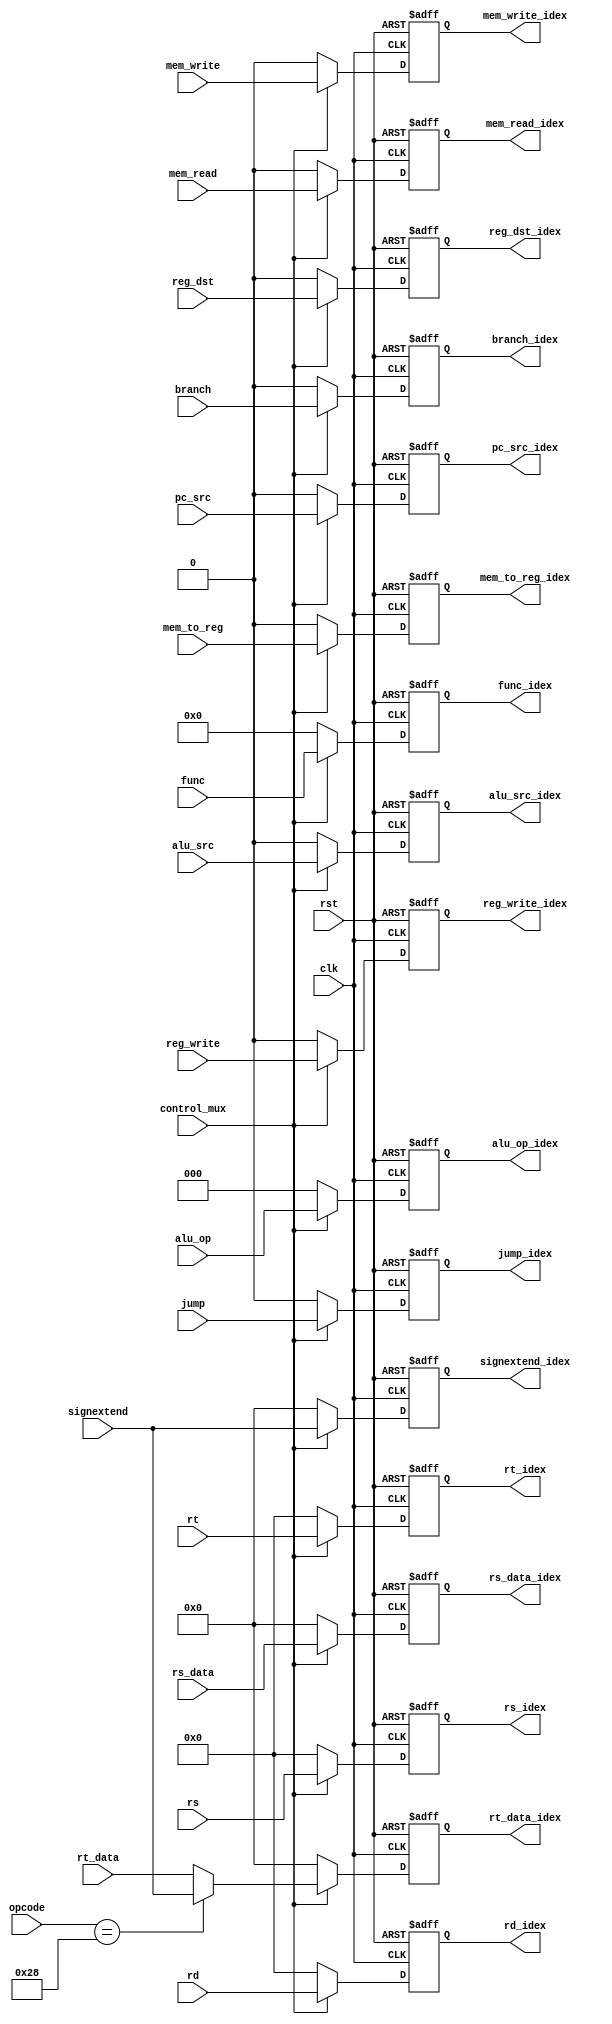
`timescale 1ns / 1ps
//////////////////////////////////////////////////////////////////////////////////
// Company: 
// Engineer: 
// 
// Design Name: 
// Module Name:    ID_EX 
// Project Name: 
// Target Devices: 
// Tool versions: 
// Description: 
//
// Dependencies: 
//
// Revision: 
// Revision 0.01 - File Created
// Additional Comments: 
//
//////////////////////////////////////////////////////////////////////////////////
module ID_EX(input reg_dst,reg_write, alu_src, mem_read, mem_write, pc_src,jump,branch,mem_to_reg,
 input [2:0]alu_op,
 input clk,
 input rst,
 input [5:0]opcode,
 input [31:0] signextend,
 input [5:0] func,
 input [31:0]rs_data,
 input [31:0]rt_data,
 output reg reg_dst_idex,reg_write_idex,
 alu_src_idex,
 mem_read_idex,
 mem_write_idex,
 pc_src_idex,
 jump_idex,
 branch_idex,
 mem_to_reg_idex,
 output reg [2:0]alu_op_idex,
 input [4:0]rd,
 input [4:0]rt,
 input [4:0]rs,
 input control_mux,
 output reg [4:0] rd_idex,
 output reg [4:0] rt_idex,
 output reg[4:0]rs_idex,
 output reg [31:0] signextend_idex,
 output reg [5:0] func_idex,
 output reg [31:0]rs_data_idex,
 output reg [31:0]rt_data_idex
    );
	always@(posedge clk or posedge rst)begin
		if(rst)begin
			reg_dst_idex<=0;
			reg_write_idex<=0;
			alu_src_idex<=0;
			mem_read_idex<=0;
			mem_write_idex<=0;
			pc_src_idex<=0;
			jump_idex<=0;
			branch_idex<=0;
			mem_to_reg_idex<=0;
			signextend_idex<=0;
			func_idex<=0;
			rt_idex<=0;
			rd_idex<=0;
			alu_op_idex<=0;
			rs_data_idex<=0;
			rt_data_idex<=0;
			rs_idex<=0;
		end
		else begin
			if(control_mux)begin
				reg_dst_idex<=reg_dst;
				reg_write_idex<=reg_write;
				alu_src_idex<=alu_src;
				mem_read_idex<=mem_read;
				mem_write_idex<=mem_write;
				pc_src_idex<=pc_src;
				jump_idex<=jump;
				branch_idex<=branch;
				mem_to_reg_idex<=mem_to_reg;
				signextend_idex<=signextend;
				func_idex<=func;
				rs_data_idex<=rs_data;
				alu_op_idex<=alu_op;
				rt_idex<=rt;
				rd_idex<=rd;
				rs_idex<=rs;
				if(opcode==6'b101000)
					rt_data_idex<=signextend;
				else
					rt_data_idex<=rt_data;
				
			end
			else begin
				reg_dst_idex<=0;
				reg_write_idex<=0;
				alu_src_idex<=0;
				mem_read_idex<=0;
				mem_write_idex<=0;
				pc_src_idex<=0;
				jump_idex<=0;
				branch_idex<=0;
				mem_to_reg_idex<=0;
				signextend_idex<=0;
				func_idex<=0;
				rs_data_idex<=0;
				rt_data_idex<=0;
				alu_op_idex<=0;
				rt_idex<=0;
				rd_idex<=0;
				rs_idex<=0;
			end
		end
	end

endmodule